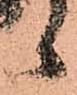
候